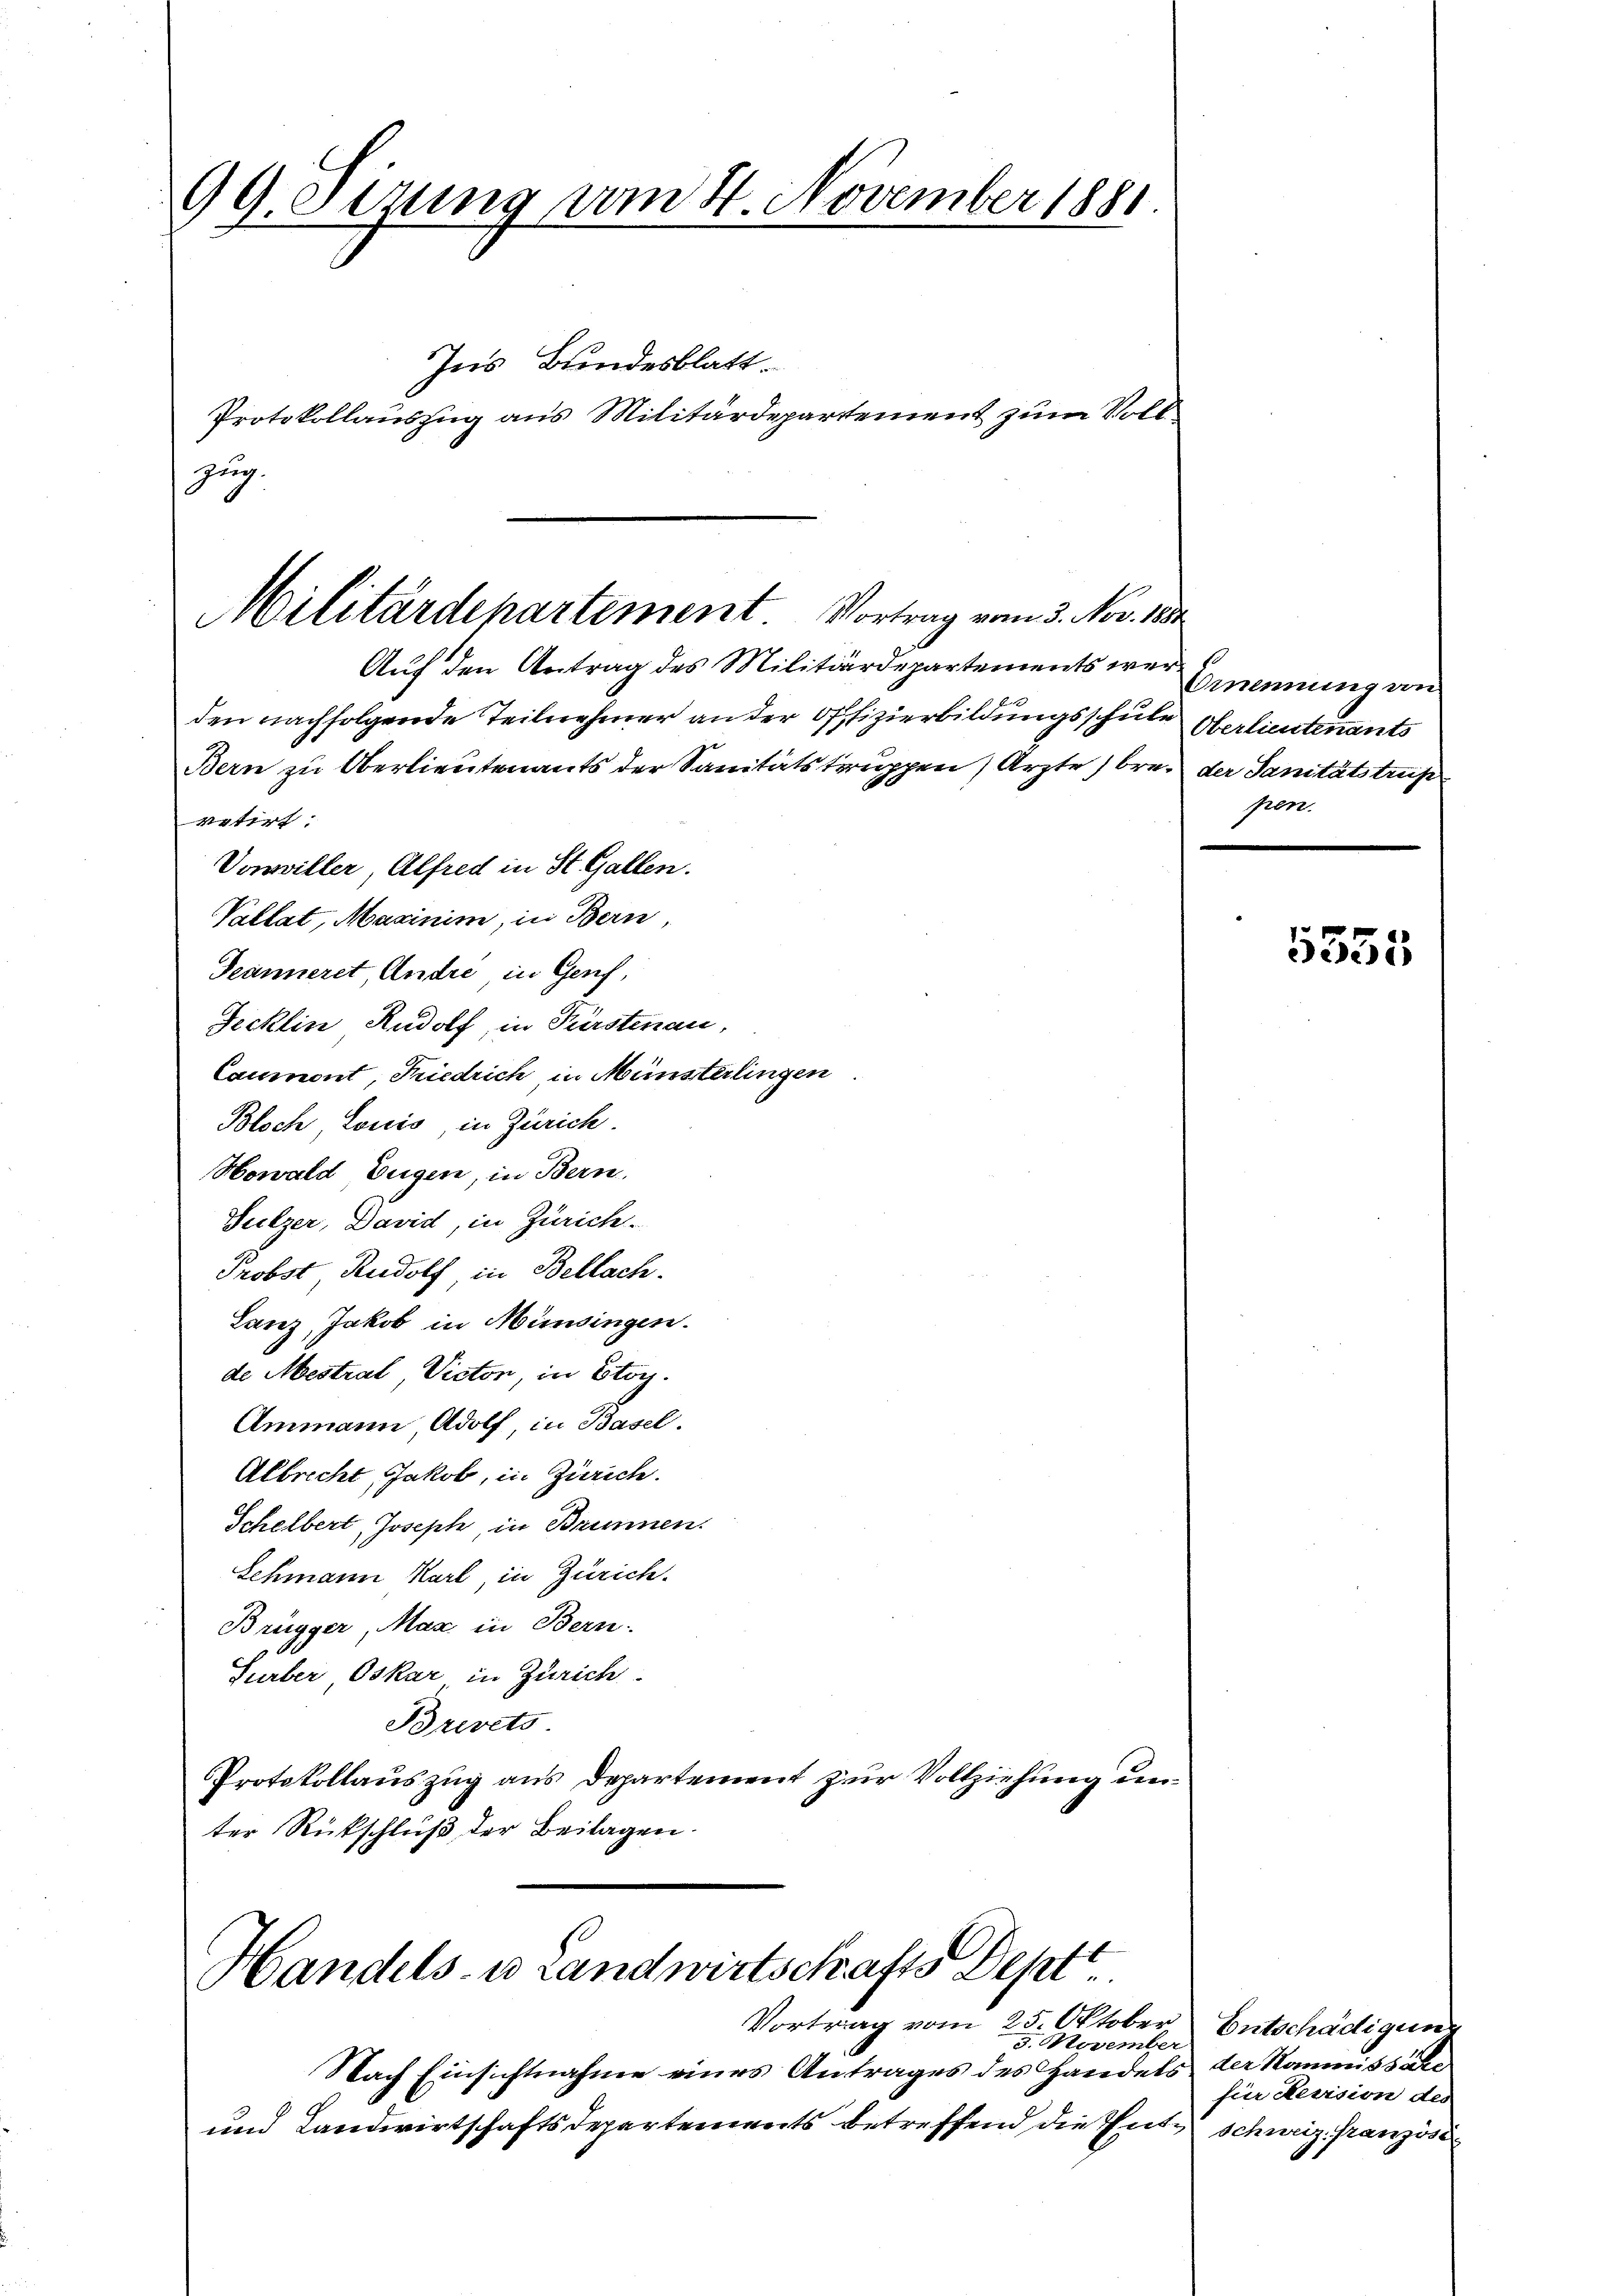
99. Setzung vom 4. November 1881.
Ins Bundesblatt.

Auf den Antrag des Militärdepartements wer Ernennung von
den nachfolgende Teilnehmer an der Offizierbildungsschule Oberlieutenants
Bern zu Oberlieutenants der Sanitätstruppen Ärzte / brei der Sanitätstrup
retirt.
Vonwiller, Alfred in St. Gallen.
Vallat, Maginim, in Bern,
Deänneret, Andre, in Genf,
Jecklin Rudolf, in Fürstenau,
Caumont, Friedrich, in Münsterlingen
Bloch, Louis, in Zürich.
Howald, Eugen, in Bern.
Sulzer, David, in Zürich.
Probst Rudolf, in Bellach.
Lanz, Jakob in Münsingen.
de Mestral, Victor, in Etag.
Ammann Adolf in Basel.
Albrecht Jakob, in Zürich.
Schelbert, Joseph, in Brunnen.
Schmann Karl, in Zürich.
Brügger, Max in Bern.
Surber Oskar in Zürich
Brevets
Protokollauszug aus Departement zur Vollziehung unter Rückschluß der Beilagen.

Handels- u Landwirtschafts Deptt
Vortrag vom 25. Oktober Entschädigung
3. November

Protokollauszug aus Militärdepartement zum Vollzug.
Militärdepartement Vortrag vom 3. Nov. 1891

Nach Einsichtnahme eines Antrages des Handels der Kommissäre
und Landwirtschaftsdepartements betreffend die Entschweiz. Französi¬

pen.

5355

für Revision des